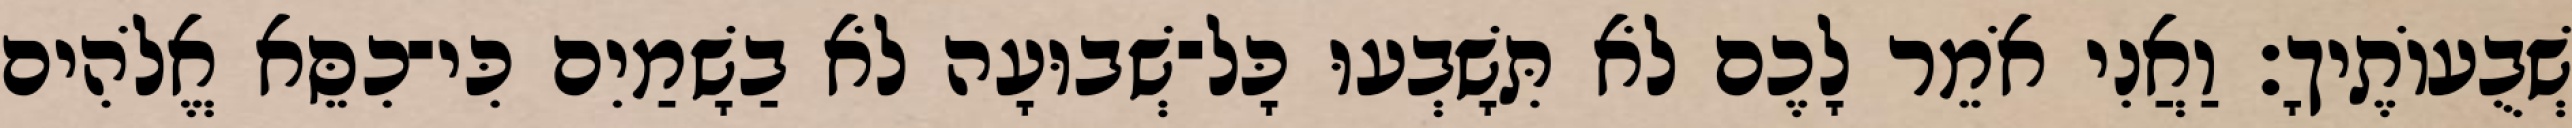
שְׁבֻעוֹתֶיךָ׃ וַאֲנִי אֹמֵר לָכֶם לֹא תִּשָׁבְעוּ כָּל־שְׁבוּעָה לֹא בַשָׁמַיִם כִּי־כִסֵּא אֱלֹהִים